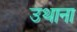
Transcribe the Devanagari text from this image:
उथाना